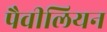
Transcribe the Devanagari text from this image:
पैवीलियन